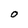
Character: 0